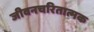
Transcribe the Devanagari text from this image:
जीवनचरितात्मक